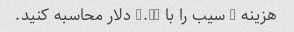
هزینه 4 سیب را با 2.50 دلار محاسبه کنید.